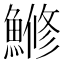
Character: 𫙯